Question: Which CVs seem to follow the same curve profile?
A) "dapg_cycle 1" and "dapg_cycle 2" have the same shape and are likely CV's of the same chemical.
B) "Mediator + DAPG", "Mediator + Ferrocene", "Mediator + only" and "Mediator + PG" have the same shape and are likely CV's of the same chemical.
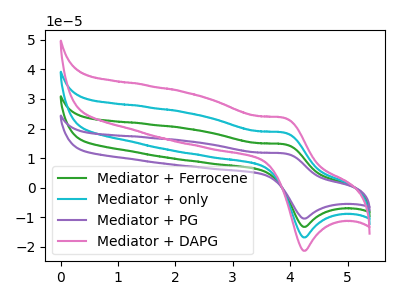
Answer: <think>The green curve "Mediator + Ferrocene" has an anodic peak at (3.90V, 37.10uA) and a cathodic peak at (4.25V, -33.75uA). The cyan curve "Mediator + only" has an anodic peak at (3.90V, 18.55uA) and a cathodic peak at (4.25V, -16.85uA). The purple curve "Mediator + PG" has an anodic peak at (3.90V, 55.60uA) and a cathodic peak at (4.25V, -50.60uA). The pink curve "Mediator + DAPG" has an anodic peak at (3.90V, 23.50uA) and a cathodic peak at (4.25V, -21.40uA).
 All the peaks in "Mediator + Ferrocene" have a peak in "Mediator + only" at the same potential. Every peak in "Mediator + Ferrocene" is higher than every peak in "Mediator + only". All the peaks in "Mediator + Ferrocene" have a peak in "Mediator + PG" at the same potential. Every peak in "Mediator + Ferrocene" is lower than every peak in "Mediator + PG". All the peaks in "Mediator + Ferrocene" have a peak in "Mediator + DAPG" at the same potential. Every peak in "Mediator + Ferrocene" is higher than every peak in "Mediator + DAPG". All the peaks in "Mediator + only" have a peak in "Mediator + PG" at the same potential. Every peak in "Mediator + only" is lower than every peak in "Mediator + PG". All the peaks in "Mediator + only" have a peak in "Mediator + DAPG" at the same potential. Every peak in "Mediator + only" is lower than every peak in "Mediator + DAPG". All the peaks in "Mediator + PG" have a peak in "Mediator + DAPG" at the same potential. Every peak in "Mediator + PG" is higher than every peak in "Mediator + DAPG".</think>
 <answer>B) "Mediator + DAPG", "Mediator + Ferrocene", "Mediator + only" and "Mediator + PG" have the same shape and are likely CV's of the same chemical.</answer>
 <eval>B</eval>